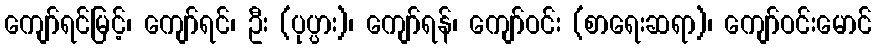
ကျော်ရင်မြင့်၊ ကျော်ရင်၊ ဦး (ပုပ္ပား)၊ ကျော်ရန်၊ ကျော်ဝင်း (စာရေးဆရာ)၊ ကျော်ဝင်းမောင်